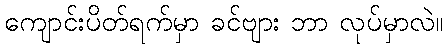
ကျောင်းပိတ်ရက်မှာ ခင်ဗျား ဘာ လုပ်မှာလဲ။